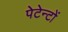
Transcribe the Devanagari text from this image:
पेटेन्टों